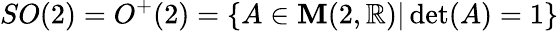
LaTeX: SO(2)=O^{+}(2)=\{ A\in\mathbf{M}(2,\mathbb{{R}})|\operatorname*{det}(A)=1\}